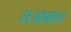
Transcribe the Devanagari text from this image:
सजाप्राप्त